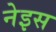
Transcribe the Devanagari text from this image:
नेइस